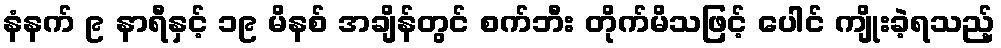
နံနက် ၉ နာရီနှင့် ၁၉ မိနစ် အချိန်တွင် စက်ဘီး တိုက်မိသဖြင့် ပေါင် ကျိုးခဲ့ရသည့်